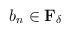
LaTeX: \begin{align*}b_n \in \mathbf{F}_{\delta} \end{align*}